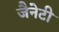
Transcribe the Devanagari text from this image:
जैनेटी